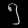
Digit: ၅